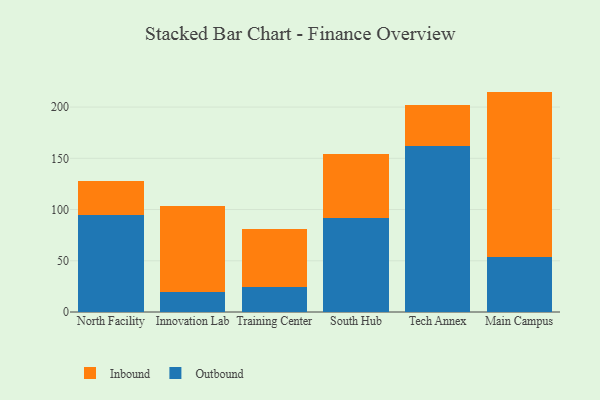
{"axis": {"x": "Campus", "y": "Temperature (°C)"}, "legend": ["Inbound", "Outbound"], "data": [{"x": "North Facility", "y": 94.2, "type": "Outbound"}, {"x": "North Facility", "y": 34.0, "type": "Inbound"}, {"x": "Innovation Lab", "y": 19.5, "type": "Outbound"}, {"x": "Innovation Lab", "y": 84.4, "type": "Inbound"}, {"x": "Training Center", "y": 24.0, "type": "Outbound"}, {"x": "Training Center", "y": 57.0, "type": "Inbound"}, {"x": "South Hub", "y": 91.7, "type": "Outbound"}, {"x": "South Hub", "y": 62.2, "type": "Inbound"}, {"x": "Tech Annex", "y": 162.4, "type": "Outbound"}, {"x": "Tech Annex", "y": 40.1, "type": "Inbound"}, {"x": "Main Campus", "y": 54.0, "type": "Outbound"}, {"x": "Main Campus", "y": 161.1, "type": "Inbound"}]}